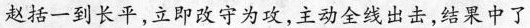
赵括一到长平，立即改守为攻，主动全线出击，结果中了